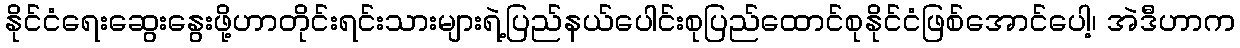
နိုင်ငံရေးဆွေးနွေးဖို့ဟာတိုင်းရင်းသားများရဲ့ပြည်နယ်ပေါင်းစုပြည်ထောင်စုနိုင်ငံဖြစ်အောင်ပေါ့၊ အဲဒီဟာက